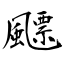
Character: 飃